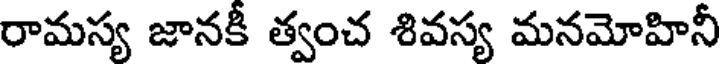
రామస్య జానకీ త్వంచ శివస్య మనమోహినీ